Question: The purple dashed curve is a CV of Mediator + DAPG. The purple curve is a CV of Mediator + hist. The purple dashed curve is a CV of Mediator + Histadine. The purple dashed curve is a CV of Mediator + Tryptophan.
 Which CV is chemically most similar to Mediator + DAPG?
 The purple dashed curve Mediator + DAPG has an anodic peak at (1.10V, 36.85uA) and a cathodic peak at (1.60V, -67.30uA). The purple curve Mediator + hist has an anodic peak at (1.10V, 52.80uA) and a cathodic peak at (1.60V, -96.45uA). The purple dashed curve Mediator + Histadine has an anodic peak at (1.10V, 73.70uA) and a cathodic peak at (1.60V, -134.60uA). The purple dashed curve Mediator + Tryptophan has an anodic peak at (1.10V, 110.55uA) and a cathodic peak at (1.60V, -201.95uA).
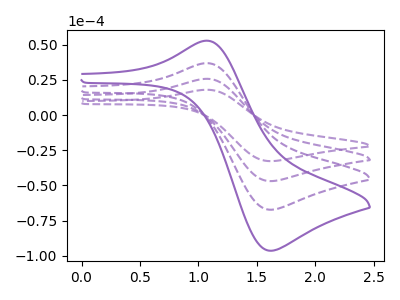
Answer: <think>All the peaks in "Mediator + DAPG" have a peak in "Mediator + hist" at the same potential. Every peak in "Mediator + DAPG" is lower than every peak in "Mediator + hist". All the peaks in "Mediator + DAPG" have a peak in "Mediator + Histadine" at the same potential. Every peak in "Mediator + DAPG" is lower than every peak in "Mediator + Histadine". All the peaks in "Mediator + DAPG" have a peak in "Mediator + Tryptophan" at the same potential. Every peak in "Mediator + DAPG" is lower than every peak in "Mediator + Tryptophan". All the peaks in "Mediator + hist" have a peak in "Mediator + Histadine" at the same potential. Every peak in "Mediator + hist" is lower than every peak in "Mediator + Histadine". All the peaks in "Mediator + hist" have a peak in "Mediator + Tryptophan" at the same potential. Every peak in "Mediator + hist" is lower than every peak in "Mediator + Tryptophan". All the peaks in "Mediator + Histadine" have a peak in "Mediator + Tryptophan" at the same potential. Every peak in "Mediator + Histadine" is lower than every peak in "Mediator + Tryptophan".
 </think>
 <answer>"Mediator + DAPG", "Mediator + Histadine" and "Mediator + Tryptophan" have a similar shape to "Mediator + hist".</answer>
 <eval>"Mediator + DAPG" "Mediator + Histadine" "Mediator + Tryptophan"</eval>